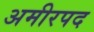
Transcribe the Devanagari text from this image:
अमीरपद